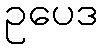
ဥပေဒ